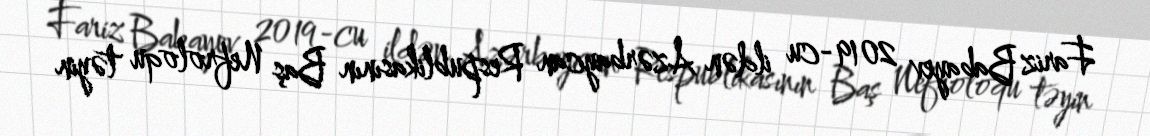
Fariz Babayev 2019-cu ildən Azərbaycan Respublikasının Baş Nefroloqu təyin